Bréfritari: Þórunn Pálsdóttir
Viðtakandi: Páll Pálsson
Dagsetning: A-18xx-07-05
Skrifað á: Hallfreðarstöðum  N-Múl.
Páll var bróðir Þórunnar

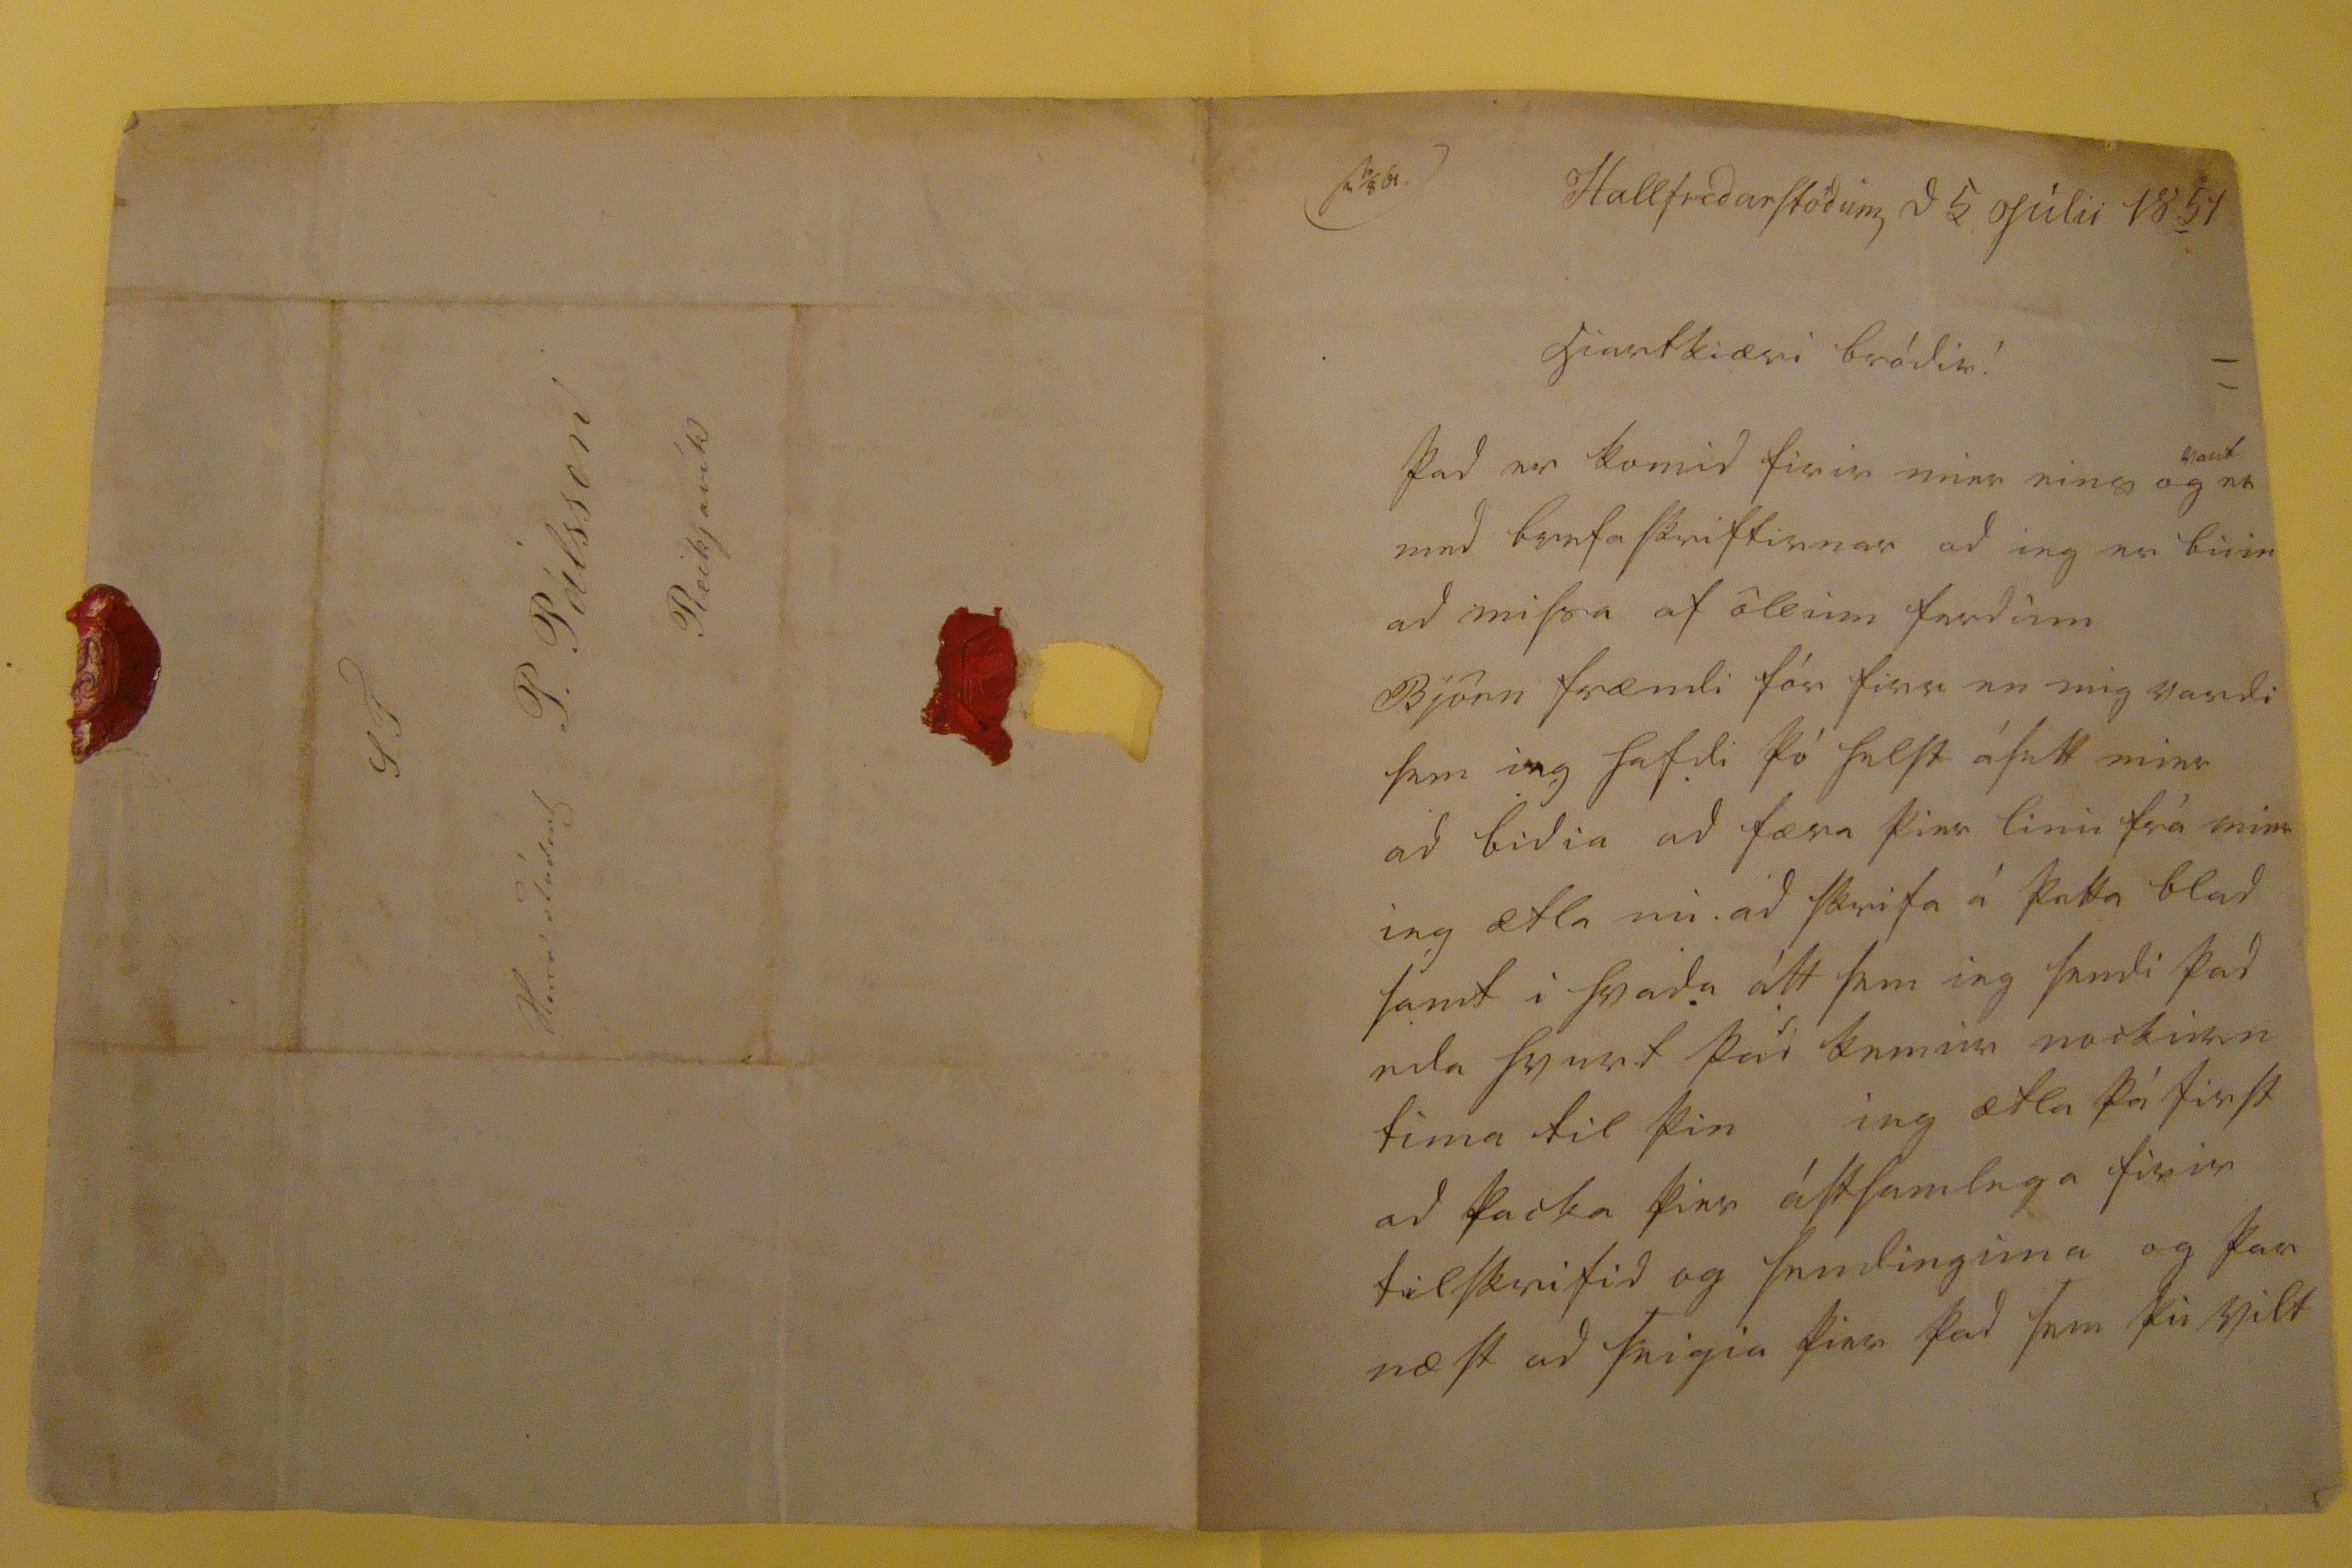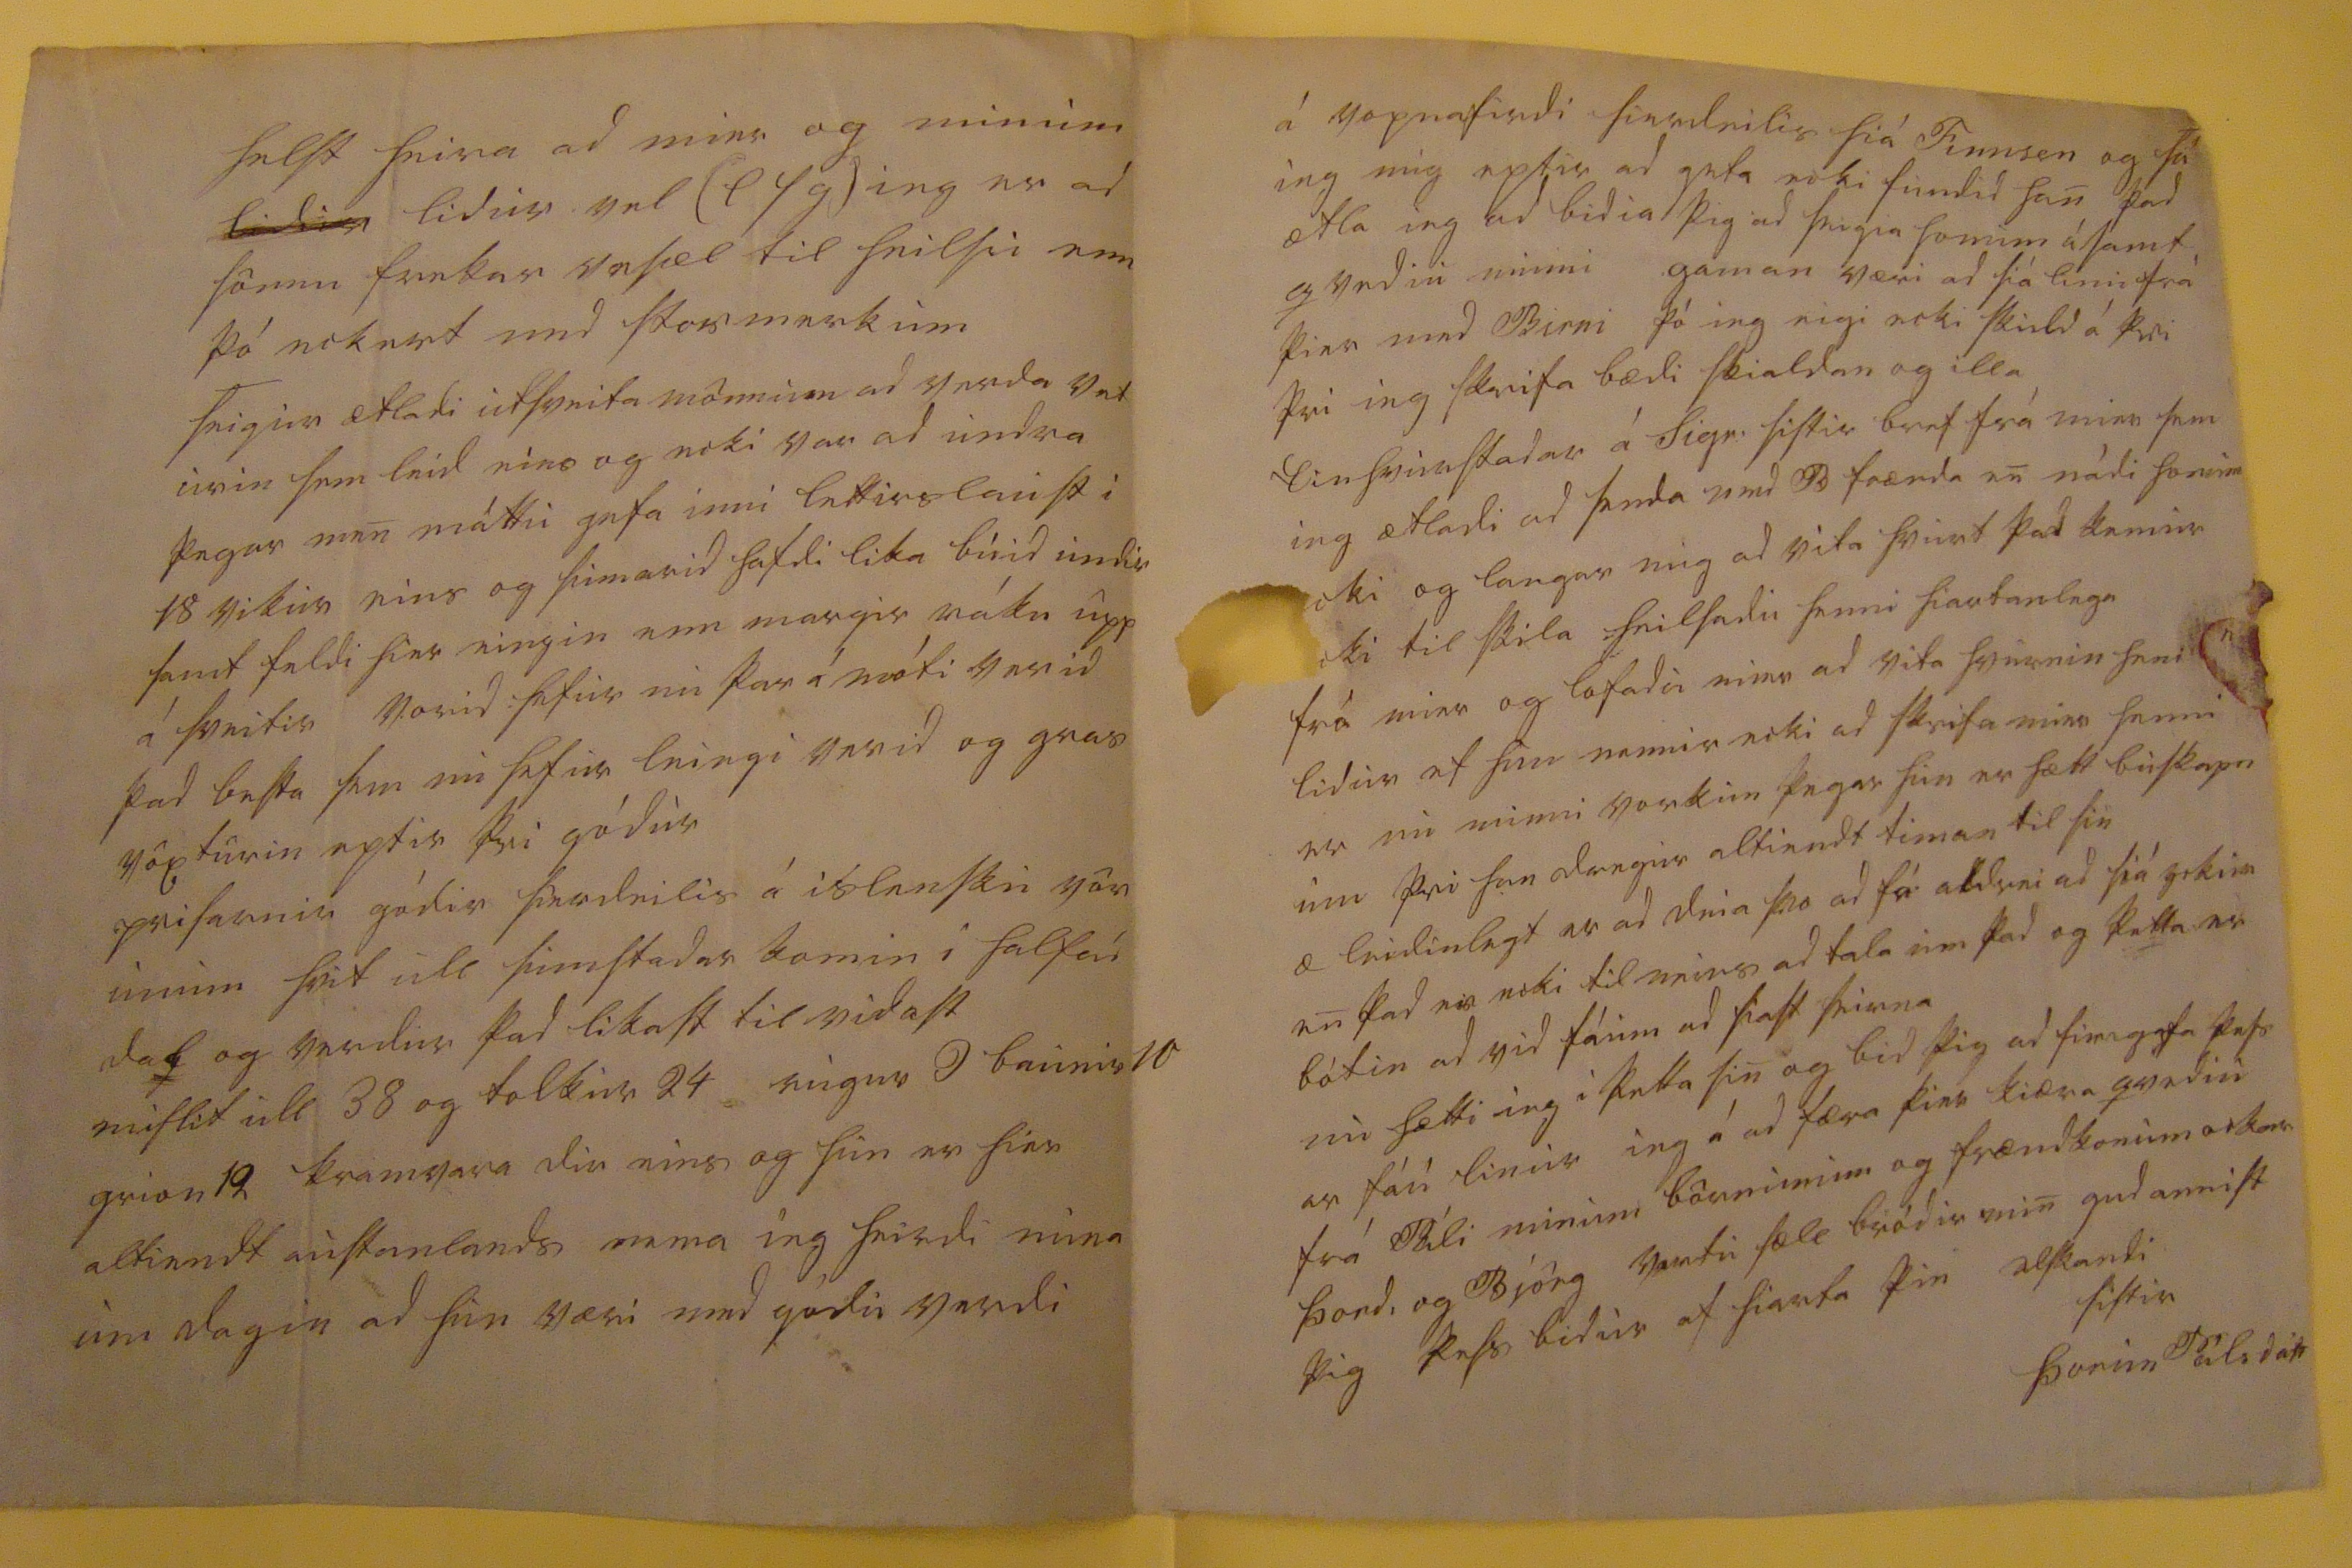

s0. 10/8 00
Hallfredarstödum d 5 Julii 1854
hiartkiæri bródir!
þad er komid firir mier eins og vant er med brefaskriftirnar ad ieg er buin ad missa af öllum ferdum Björn frændi fór firr en mig vardi sem ieg hafdi þó helst ásett mier ad bidia ad færa þier linu frá mier ieg ætla nu ad skrifa á þetta blad samt i hvada átt sem ieg sendi þad eda hvurt þad kemur nockurn tima til þin ieg ætla þá first ad þacka þier ástsamlega firir tilskrifid og sendinguna og þar næst ad seigia þier þad sem þu vilt
helst heira ad mier og minum
lidur
lidur vel (l s g) ieg er ad sönnu frekar vesæl til heilsu enn þó eckert med stormerkum seigur ætladi utsveita mönnum ad verda vet urin sem leid eins og ecki var ad undra þegar men máttu gefa inni lettirslaust i 18 vikur eins og sumarid hafdi lika buid undir samt faldi hier eingin enn margir ráku upp á sveitir vorid hefur nu þar á móti verid þad besta sem nu hefur leingi verid og gras vöxturin eptir þvi gódur prisarnir gódir sierdeilis á islensku vör unum hvit ull sumstadar komin i halfan dal og verdur þad likast til vidast mislit ull 38 og tolkur 24 rugur 9 baunir 10 grion 12 kremvara dir eins og hun er hier altiendt austanlands nema ieg heirdi nuna um dagin ad hun væri med gódu verdi
á Vopnafirdi sierdeilis hiá Finnsen og sá ieg mig eptir ad geta ecki fundid han; þad ætla ieg ad bidia þig ad seigia honum ásamt qvediu minni gaman væri ad siá linu frá þier med Birni þó ieg eigi ecki skuld á þvi þvi ieg skrifa bædi skialdan og illa Einhvurstadar á Sigr: sistir bref frá mier sem ieg ætladi ad senda med B frænda en nádi honum
ecki
og langar mig ad vita hvurt þad kemur
ecki
til skila heilsadu henni hiartanlega frá mier og lofadu mier ad vita hvurnin heni lidur ef hun nennir ecki ad skrifa mier henni er nu minni vorkun þegar hun er hætt buskapn um þvi han dregur altiendt timan til sin æ leidinlegt er ad deia svo ad fá aldrei ad siá
ockur
en þad er ecki til neins ad tala um þad og þetta er bótin ad vid fáum ad siast heirna nu hætti ieg i þetta sin og bid þig ad firirgefa þess ar fáu linur ieg á ad færa þier kiæra qvediu frá Páli minum börnunum og frændkonum ockar Þordi og Björg vertu sæll bródir min gud annist þig þess bidur af hiarta
þin elskandi sistir
Þorun Pálsdótt
S T Herra Student P. Pálsson Reikjavík